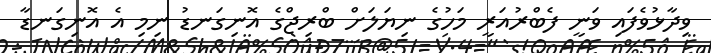
ވިދާޅުވެފައި ވަނީ ފެބްރުއަރީ މަހުގެ ނިޔަލަށް ބްރިޖްގެ އޮނިގަނޑު ނިމި އެ އޮނިގަނޑާ